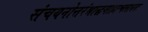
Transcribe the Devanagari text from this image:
संचयनोत्तरंश्राद्धमाहाश्वलायनः